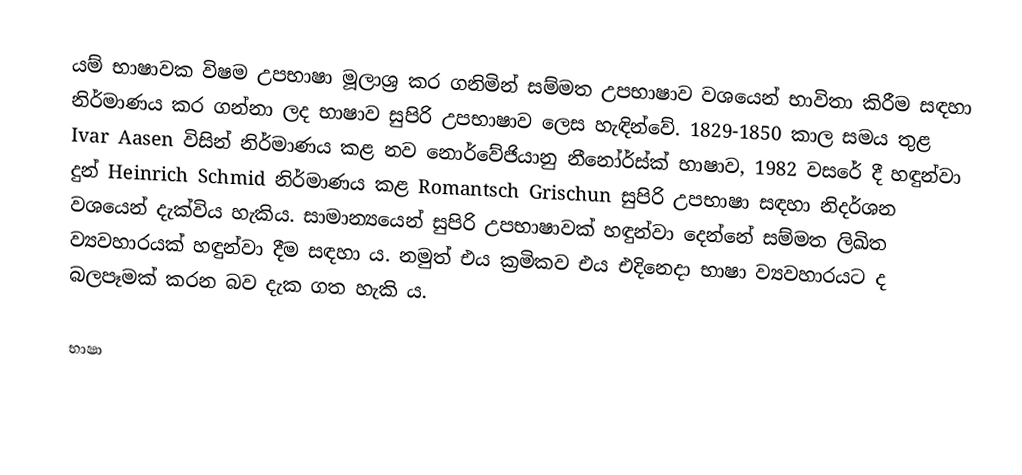
යම් භාෂාවක විෂම උපභාෂා මූලාශ්‍ර කර ගනිමින් සම්මත උපභාෂාව වශයෙන් භාවිතා කිරීම සඳහා නිර්මාණය කර ගන්නා ලද භාෂාව සුපිරි උපභාෂාව ලෙස හැඳින්වේ. 1829-1850 කාල සමය තුළ Ivar Aasen විසින් නිර්මාණය කළ නව නොර්වේජියානු නීනෝර්ස්ක් භාෂාව​, 1982 වසරේ දී හඳුන්වා දුන් Heinrich Schmid නිර්මාණය කළ Romantsch Grischun සුපිරි උපභාෂා සඳහා නිදර්ශන වශයෙන් දැක්විය හැකිය​. සාමාන්‍යයෙන් සුපිරි උපභාෂාවක් හඳුන්වා දෙන්නේ සම්මත ලිඛිත ව්‍යවහාරයක් හඳුන්වා දීම සඳහා ය​. නමුත් එය ක්‍රමිකව එය එදිනෙදා භාෂා ව්‍යවහාරයට ද බලපෑමක් කරන බව දැක ගත හැකි ය​.

භාෂා